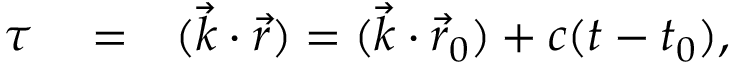
\begin{array} { r l r } { \tau } & { { } = } & { ( { \vec { k } } \cdot { \vec { r } } ) = ( { \vec { k } } \cdot { \vec { r } } _ { 0 } ) + c ( t - t _ { 0 } ) , } \end{array}